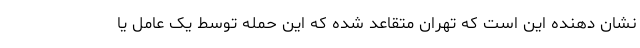
نشان دهنده این است که تهران متقاعد شده که این حمله توسط یک عامل یا